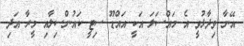
އޭނާ ވިދާޅުވީ އެ މައްސަލަ އަކީ އައްޑޫ ސިޓީ ކައުންސިލާއި މީރާ އަދި